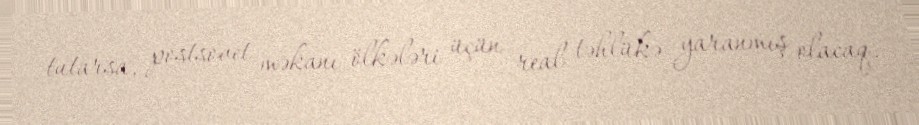
tutarsa, postsovet məkanı ölkələri üçün real təhlükə yaranmış olacaq.